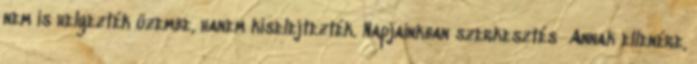
nem is helyezték üzembe, hanem kiselejtezték. Napjainkban szerkesztés Annak ellenére,